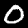
Digit: 0